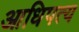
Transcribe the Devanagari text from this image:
आधिपत्य